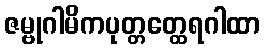
ဇမ္ဗုဂါမိကပုတ္တတ္ထေရဂါထာ